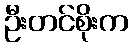
ဦးတင်စိုးက